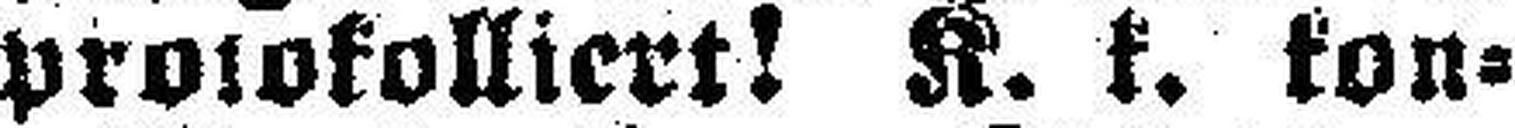
protokolliert! K. k. kon¬